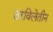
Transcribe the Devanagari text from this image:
ठरविलेतीन